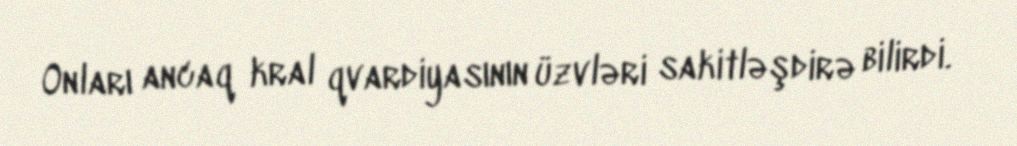
Onları ancaq kral qvardiyasının üzvləri sakitləşdirə bilirdi.